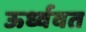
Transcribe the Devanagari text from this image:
ऊर्ध्ववत